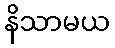
နိသာမယ